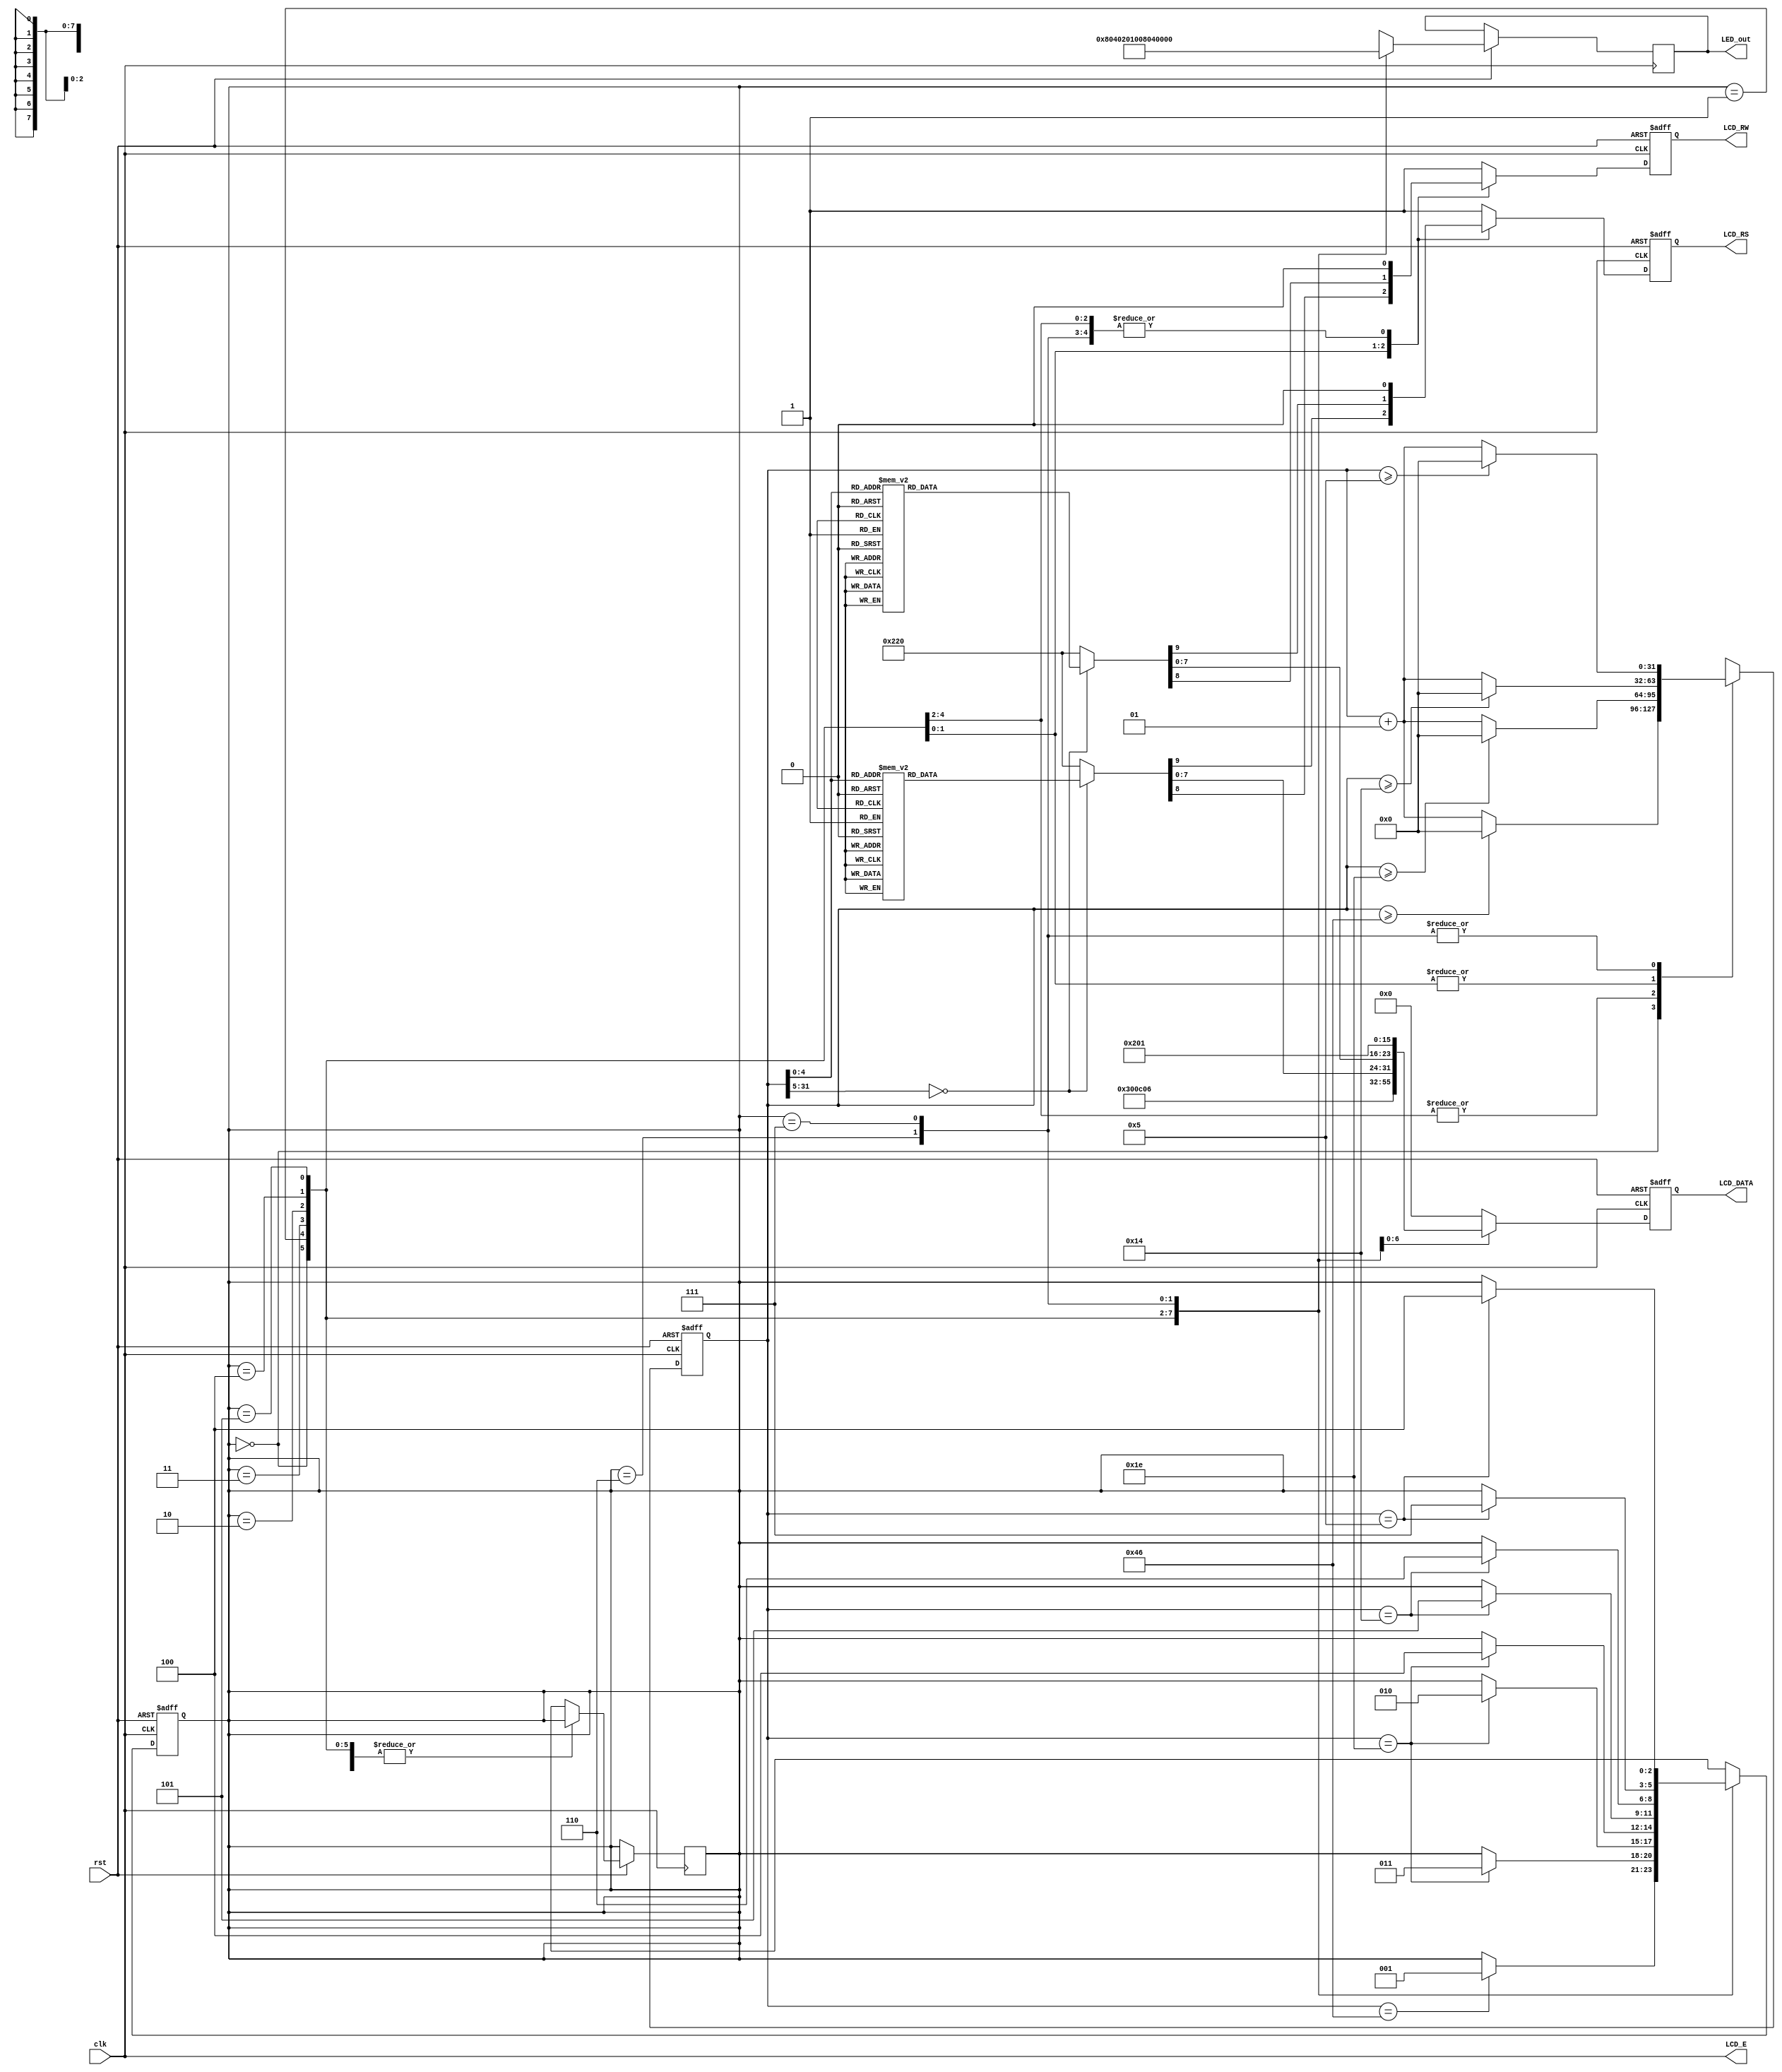
module text_LCD_1line(rst, clk, LCD_E, LCD_RS, LCD_RW, LCD_DATA, LED_out);

input rst,clk;

output LCD_E, LCD_RS, LCD_RW;
output reg [7:0] LCD_DATA;
output reg [7:0] LED_out;

wire LCD_E;
reg LCD_RS, LCD_RW;

reg [2:0] state;
parameter DELAY = 3'b000,
    FUNCTION_SET = 3'b001,
    ENTRY_MODE   = 3'B010,
    DISP_ONOFF   = 3'B011,
    LINE1        = 3'b100,
    LINE2        = 3'b101,
    DELAY_T      = 3'b110,
    CLEAR_DISP   = 3'b111;

integer cnt;

always  @(posedge  clk or negedge  rst)
begin
    if(!rst)
        state = DELAY;
    else
    begin
        case(state)
            DELAY : begin
                LED_out = 8'b1000_0000;
                if(cnt == 70) state = FUNCTION_SET;
            end
            FUNCTION_SET : begin
                LED_out = 8'b0100_0000;
                if(cnt == 30) state = DISP_ONOFF;
            end
            DISP_ONOFF : begin
                LED_out = 8'b0010_0000;
                if(cnt == 30) state = ENTRY_MODE;
            end
            ENTRY_MODE : begin
                LED_out = 8'b0001_0000;
                if(cnt == 30) state = LINE1;
            end
            LINE1 : begin
                LED_out = 8'b0000_1000;
                if(cnt == 20) state = LINE2;
            end
            LINE2 : begin
                LED_out = 8'b0000_0100;
                if(cnt == 20) state = DELAY_T;
            end
            DELAY_T : begin
                LED_out = 8'b0000_0010;
                if(cnt == 5) state = CLEAR_DISP;
            end
            CLEAR_DISP : begin
                LED_out = 8'b0000_0001;
                if(cnt == 5) state = LINE1;
            end
            default : state = DELAY;
        endcase
    end
end

always @(posedge clk or negedge rst)
begin
    if(!rst)
        cnt = 0;
    else begin
        case(state)
            DELAY : 
                if(cnt >= 70) cnt = 0;
                else cnt = cnt + 1;
            FUNCTION_SET :
                if(cnt >= 30) cnt = 0;
                else cnt = cnt + 1;
            DISP_ONOFF :
                if(cnt >= 30) cnt = 0;
                else cnt = cnt + 1;
            ENTRY_MODE :
                if(cnt >= 30) cnt = 0;
                else cnt = cnt + 1;
            LINE1 :
                if(cnt >= 20) cnt = 0;
                else cnt = cnt + 1;
            LINE2 :
                if(cnt >= 20) cnt = 0;
                else cnt = cnt + 1;
            DELAY_T :
                if(cnt >= 5) cnt = 0;
                else cnt = cnt + 1;
            CLEAR_DISP :
                if(cnt >= 5) cnt = 0;
                else cnt = cnt + 1;
            default : state = DELAY;
        endcase
    end 
end 

always @(posedge clk or negedge rst)
begin
    if(!rst)
        {LCD_RS, LCD_RW, LCD_DATA} = 10'b1_1_00000000;
    else begin
        case(state)
            FUNCTION_SET :
                {LCD_RS, LCD_RW, LCD_DATA} = 10'b0_0_0011_0000;
            DISP_ONOFF :
                {LCD_RS, LCD_RW, LCD_DATA} = 10'b0_0_0000_1100; 
            ENTRY_MODE :
                {LCD_RS, LCD_RW, LCD_DATA} = 10'b0_0_0000_0110;               
            LINE1 :
                begin 
                    case(cnt)
                        00 : {LCD_RS, LCD_RW, LCD_DATA} = 10'b0_0_1000_0000;
                        01 : {LCD_RS, LCD_RW, LCD_DATA} = 10'b1_0_0010_0000; //
                        02 : {LCD_RS, LCD_RW, LCD_DATA} = 10'b1_0_0100_1000; //H
                        03 : {LCD_RS, LCD_RW, LCD_DATA} = 10'b1_0_0100_0101; //E
                        04 : {LCD_RS, LCD_RW, LCD_DATA} = 10'b1_0_0100_1100; //L
                        05 : {LCD_RS, LCD_RW, LCD_DATA} = 10'b1_0_0100_1100; //L
                        06 : {LCD_RS, LCD_RW, LCD_DATA} = 10'b1_0_0100_1111; //O
                        07 : {LCD_RS, LCD_RW, LCD_DATA} = 10'b1_0_0010_0000; //
                        08 : {LCD_RS, LCD_RW, LCD_DATA} = 10'b1_0_0101_0111; //W
                        09 : {LCD_RS, LCD_RW, LCD_DATA} = 10'b1_0_0100_1111; //O
                        10 : {LCD_RS, LCD_RW, LCD_DATA} = 10'b1_0_0101_0010; //R
                        11 : {LCD_RS, LCD_RW, LCD_DATA} = 10'b1_0_0100_1100; //L
                        12 : {LCD_RS, LCD_RW, LCD_DATA} = 10'b1_0_0100_0100; //D
                        13 : {LCD_RS, LCD_RW, LCD_DATA} = 10'b1_0_0010_0001; //!
                        14 : {LCD_RS, LCD_RW, LCD_DATA} = 10'b1_0_0010_0000; //
                        15 : {LCD_RS, LCD_RW, LCD_DATA} = 10'b1_0_0010_0000; //
                        16 : {LCD_RS, LCD_RW, LCD_DATA} = 10'b1_0_0010_0000; //
                        default : {LCD_RS, LCD_RW, LCD_DATA} = 10'b1_0_0010_0000; //
                    endcase
                end
            LINE2 :
                begin 
                    case(cnt)
                        00 : {LCD_RS, LCD_RW, LCD_DATA} = 10'b0_0_1100_0000;
                        01 : {LCD_RS, LCD_RW, LCD_DATA} = 10'b1_0_0011_0010; //2
                        02 : {LCD_RS, LCD_RW, LCD_DATA} = 10'b1_0_0011_0000; //0
                        03 : {LCD_RS, LCD_RW, LCD_DATA} = 10'b1_0_0011_0001; //1
                        04 : {LCD_RS, LCD_RW, LCD_DATA} = 10'b1_0_0011_0110; //6
                        05 : {LCD_RS, LCD_RW, LCD_DATA} = 10'b1_0_0011_0100; //4
                        06 : {LCD_RS, LCD_RW, LCD_DATA} = 10'b1_0_0011_0100; //4
                        07 : {LCD_RS, LCD_RW, LCD_DATA} = 10'b1_0_0011_0000; //0
                        08 : {LCD_RS, LCD_RW, LCD_DATA} = 10'b1_0_0011_0000; //0
                        09 : {LCD_RS, LCD_RW, LCD_DATA} = 10'b1_0_0011_1001; //9
                        10 : {LCD_RS, LCD_RW, LCD_DATA} = 10'b1_0_0011_0111; //7
                        11 : {LCD_RS, LCD_RW, LCD_DATA} = 10'b1_0_0010_0000; //
                        12 : {LCD_RS, LCD_RW, LCD_DATA} = 10'b1_0_0100_1100; //L
                        13 : {LCD_RS, LCD_RW, LCD_DATA} = 10'b1_0_0100_1001; //I
                        14 : {LCD_RS, LCD_RW, LCD_DATA} = 10'b1_0_0100_1010; //J
                        15 : {LCD_RS, LCD_RW, LCD_DATA} = 10'b1_0_0010_0000; //
                        16 : {LCD_RS, LCD_RW, LCD_DATA} = 10'b1_0_0010_0000; //
                        default : {LCD_RS, LCD_RW, LCD_DATA} = 10'b1_0_0010_0000; //
                    endcase
                end
            DELAY_T:
                {LCD_RS, LCD_RW, LCD_DATA} = 10'b0_0_0000_0010;
            CLEAR_DISP :
                {LCD_RS, LCD_RW, LCD_DATA} = 10'b0_0_0000_0001;
            default :    
                {LCD_RS, LCD_RW, LCD_DATA} = 10'b1_1_0000_0000;
        endcase        
    end
end

assign LCD_E = clk;
                             
endmodule